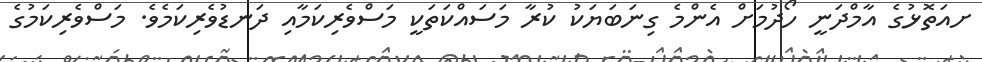
ށއަތޮޅުގެ އާމްދަނީ ހޯދުމަށް އެންމެ ގިނަބަޔަކު ކުރާ މަސައްކަތަކީ މަސްވެރިކަމާއި ދަނޑުވެރިކަމެވެ. މަސްވެރިކަމުގެ